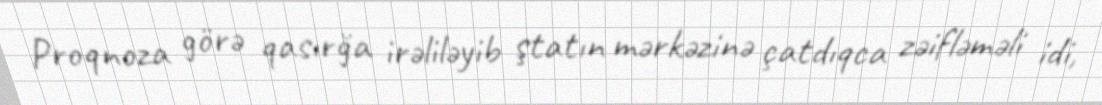
Proqnoza görə qasırğa irəliləyib ştatın mərkəzinə çatdıqca zəifləməli idi,